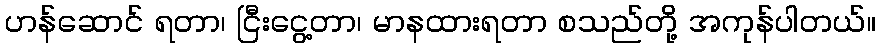
ဟန်ဆောင် ရတာ၊ ငြီးငွေ့တာ၊ မာနထားရတာ စသည်တို့ အကုန်ပါတယ်။